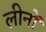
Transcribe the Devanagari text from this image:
लीनों